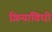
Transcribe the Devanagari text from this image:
क्रियाविधी